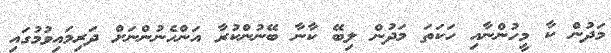
މަދުން ކާ މީހުންނާއި ހަކަތަ މަދުން ލިބޭ ކާނާ ބޭނުންކުރާ އަންހެނުންނަށް ދަރިމައިވުމުގައި